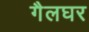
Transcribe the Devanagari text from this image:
गैलघर